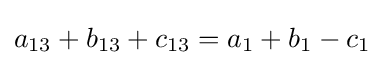
a_{13}+b_{13}+c_{13}=a_{1}+b_{1}-c_{1}